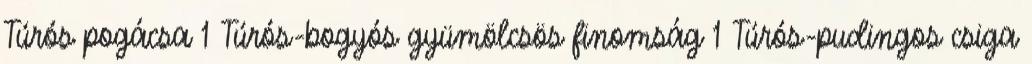
Túrós pogácsa 1 Túrós-bogyós gyümölcsös finomság 1 Túrós-pudingos csiga